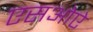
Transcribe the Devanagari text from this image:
एसओऐ